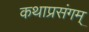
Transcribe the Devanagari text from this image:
कथाप्रसंगम्